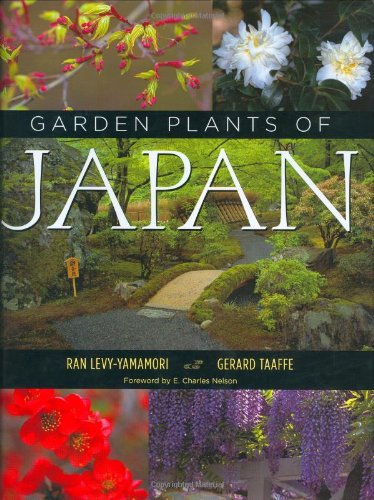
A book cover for Garden Plants of Japan; Ran Levy-Yamamori; Crafts, Hobbies & Home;